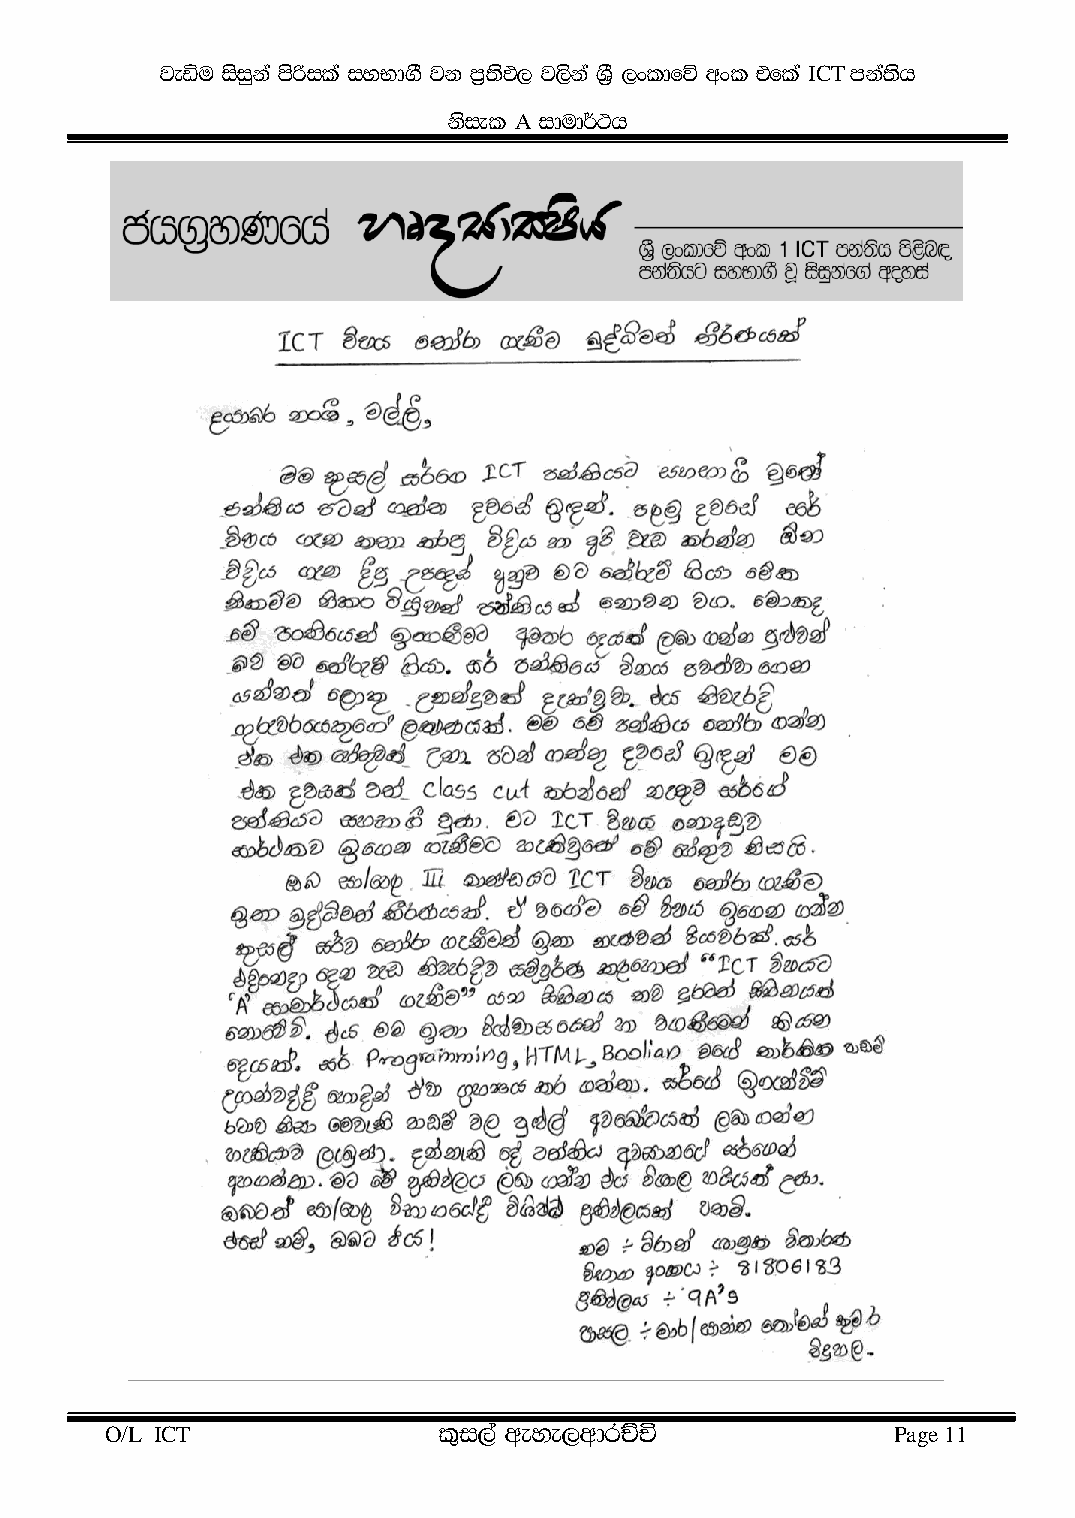
jeäu isiqk a mßs ila iyNd.S jk m%;sM, j,sk a Y%S ,xldfõ wxl tfla ICT mka;sh
 kis el A idud¾:h
 O/L ICT               l=i,a weye,wdrÉÑ              Page 11